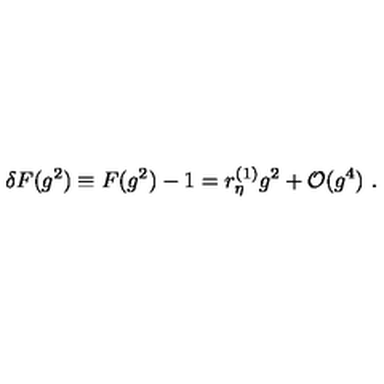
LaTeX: \delta F ( g ^ { 2 } ) \equiv F ( g ^ { 2 } ) - 1 = r _ { \eta } ^ { ( 1 ) } g ^ { 2 } + { \cal O } ( g ^ { 4 } ) \ .